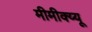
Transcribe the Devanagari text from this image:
मीमीक्य्यू